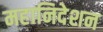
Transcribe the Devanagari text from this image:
महानिदेशन